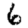
Digit: 6